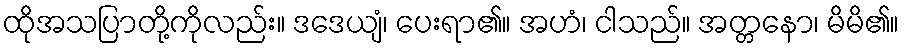
ထိုအသပြာတို့ကိုလည်း။ ဒဒေယျံ၊ ပေးရာ၏။ အဟံ၊ ငါသည်။ အတ္တနော၊ မိမိ၏။